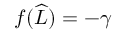
f ( \widehat { L } ) = - \gamma